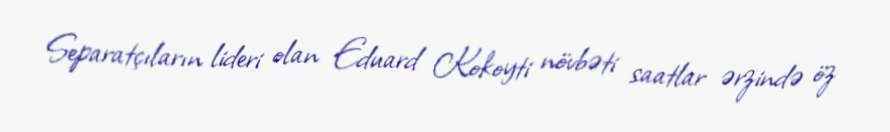
Separatçıların lideri olan Eduard Kokoyti növbəti saatlar ərzində öz